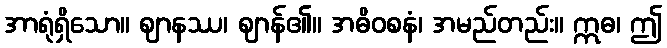
အာရုံရှိသော။ ဈာနဿ၊ ဈာန်၏။ အဓိဝစနံ၊ အမည်တည်း။ ဣဓ၊ ဤ